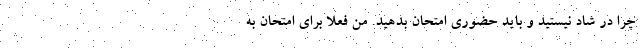
چرا در شاد نیستید و باید حضوری امتحان بدهید. من فعلا برای امتحان به